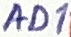
Text: AD1